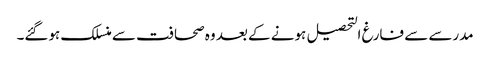
مدرسے سے فارغ التحصیل ہونے کے بعد وہ صحافت سے منسلک ہوگئے۔